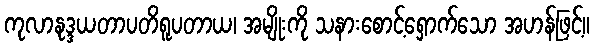
ကုလာနုဒ္ဒယတာပတိရူပတာယ၊ အမျိုးကို သနားစောင့်ရှောက်သော အဟန်ဖြင့်။